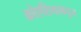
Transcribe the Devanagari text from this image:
क्रोएशियाकडून